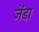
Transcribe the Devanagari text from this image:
जेंडा